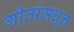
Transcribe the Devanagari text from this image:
गीतांमधून